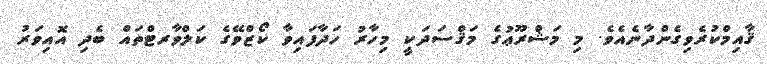
ޤާއިމްކުރެވިގެންދާނެއެވެ. މި މަޝްރޫޢުގެ މަޤްސަދަކީ މިހާރު ހަދާފައިވާ ކޯޒްވޭގެ ކަލްވާރޓްތައް ބެދި އޮއިވަރު